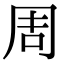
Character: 周